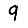
Digit: 9